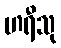
ဟရီသု